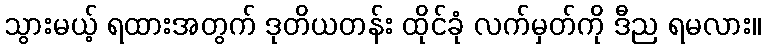
သွားမယ့် ရထားအတွက် ဒုတိယတန်း ထိုင်ခုံ လက်မှတ်ကို ဒီည ရမလား။